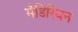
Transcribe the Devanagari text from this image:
मैडिरियन